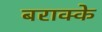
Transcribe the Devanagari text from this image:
बराक्के